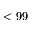
< 9 9